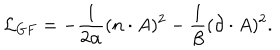
LaTeX: \mathcal { L } _ { G F } = - \frac { 1 } { 2 \alpha } ( n \cdot A ) ^ { 2 } - \frac { 1 } { \beta } ( \partial \cdot A ) ^ { 2 } .